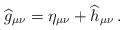
LaTeX: \begin{align*} \widehat g_{\mu\nu}=\eta_{\mu\nu}+\widehat h_{\mu\nu}\, .\end{align*}